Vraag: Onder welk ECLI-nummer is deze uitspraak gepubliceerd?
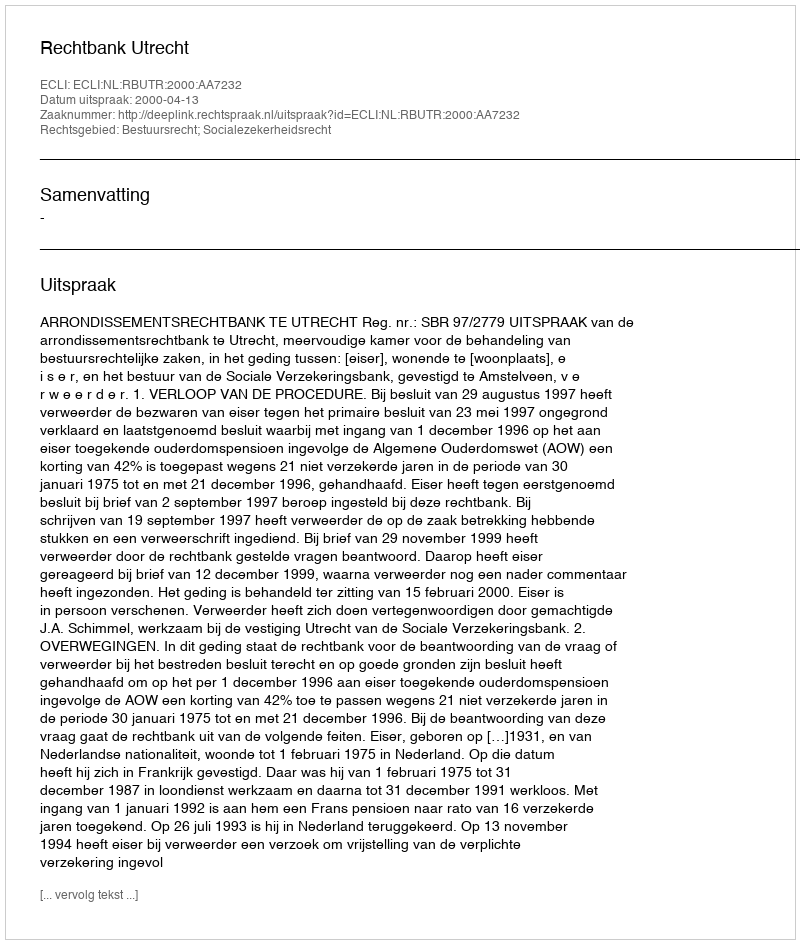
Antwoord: ECLI:NL:RBUTR:2000:AA7232